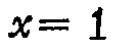
\(x = 1\)